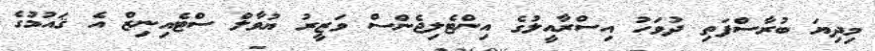
މިދިޔަ ބުރާސްފަތި ދުވަހު އިސްރާއީލުގެ އިންޓެލިޖެންސް ވަޒީރު ޔުވާލް ސްޓެއިނިޒް އެ ޤައުމުގެ